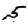
Digit: 5